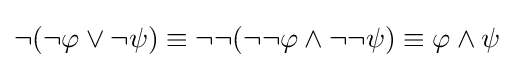
\neg (\neg \varphi \vee \neg \psi )\equiv \neg \neg (\neg \neg \varphi \land \neg \neg \psi )\equiv \varphi \land \psi